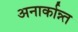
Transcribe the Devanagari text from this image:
अनार्कान्न्त